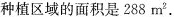
种植区域的面积是288m^{2}.